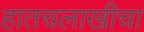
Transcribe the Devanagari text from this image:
हातचलाखीचा